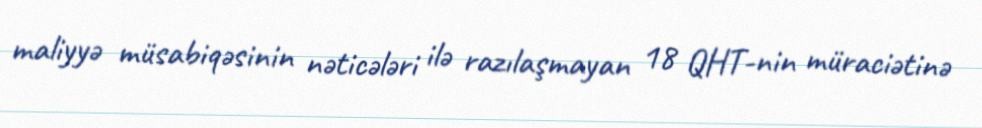
maliyyə müsabiqəsinin nəticələri ilə razılaşmayan 18 QHT-nin müraciətinə